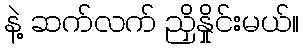
နဲ့ ဆက်လက် ညှိနှိုင်းမယ်။